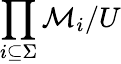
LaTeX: \prod_{i\subseteq\Sigma}{\mathcal{M}}_{i}/U